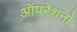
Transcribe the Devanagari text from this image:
ऑपरेशनो